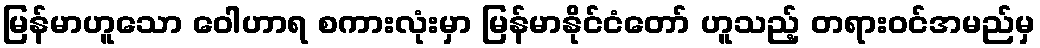
မြန်မာဟူသော ဝေါဟာရ စကားလုံးမှာ မြန်မာနိုင်ငံတော် ဟူသည့် တရားဝင်အမည်မှ